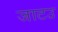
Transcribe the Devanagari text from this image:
जाटउ